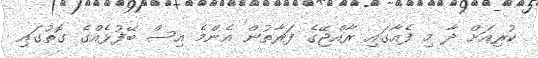
ކުރިއަށް ދާ މި ފެއާގައި ރާއްޖޭގެ ފަރާތުން އެންމެ އިސް ބޭފުޅެއްގެ ގޮތުގައި